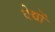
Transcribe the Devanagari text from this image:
वेद्यों